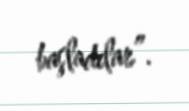
başladılar”.